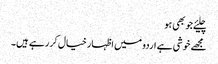
چلیئے جو بھی ہو
مجھے خوشی ہے اردو میں اظہار خیال کر رہے ہیں۔